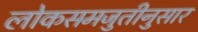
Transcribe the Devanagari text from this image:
लोकसमजुतीनुसार